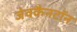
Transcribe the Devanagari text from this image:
जेवकैनटॉन